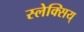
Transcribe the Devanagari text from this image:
स्लेक्सिय्